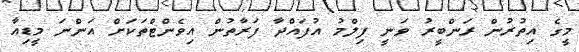
މީގެ އިތުރުން ރަންބީރު ވަނީ ފިލްމު އުފައްދާ ފަރާތުން އިވެންޓްތަކަށް އަންނަ މީޑިއާ